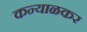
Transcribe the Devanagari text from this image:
कन्याळकर